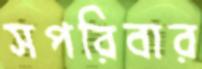
সপরিবার